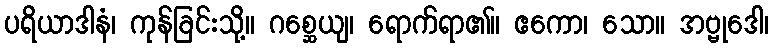
ပရိယာဒါနံ၊ ကုန်ခြင်းသို့။ ဂစ္ဆေယျ၊ ရောက်ရာ၏။ ဧကော၊ သော။ အဗ္ဗုဒေါ၊